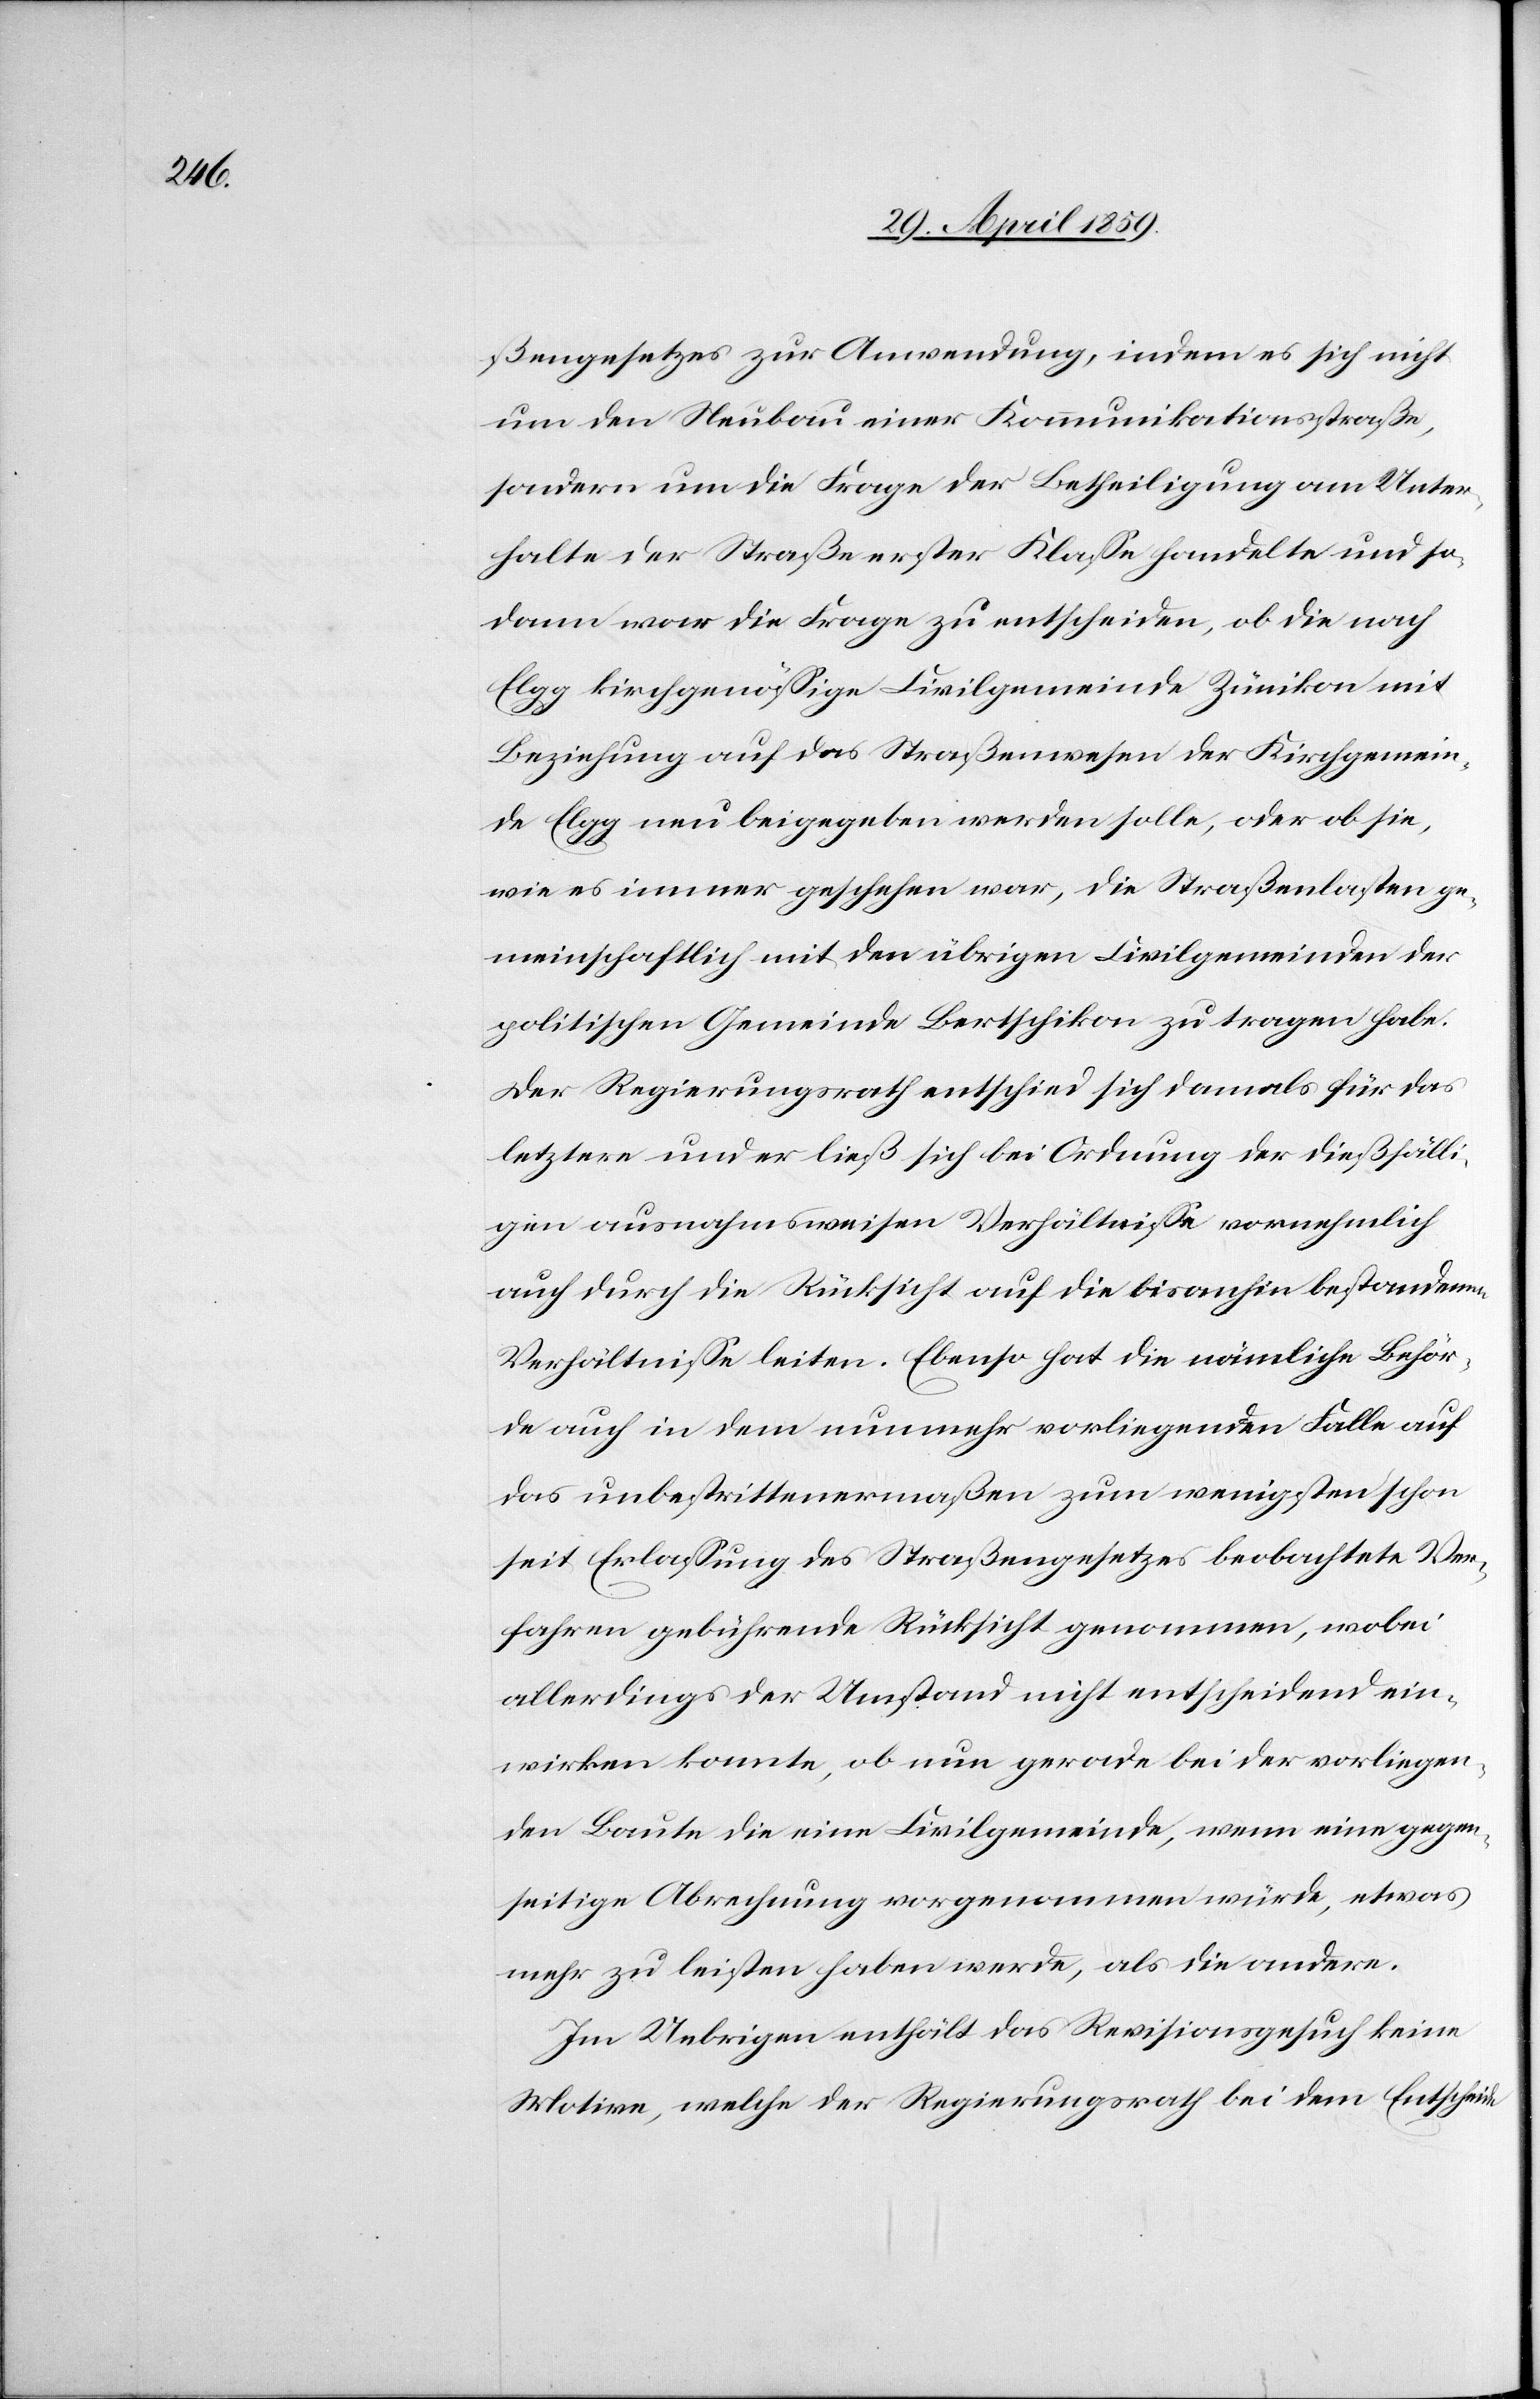
ßengesetzes zur Anwendung, indem es sich nicht
um den Neubau einer Kommunikationsstraße,
sondern um die Frage der Betheiligung am Unter¬
halte der Straße erster Klaße handelte und so¬
dann war die Frage zu entscheiden, ob die nach
Elgg kirchgenößige Civilgemeinde Zünikon mit
Beziehung auf das Straßenwesen der Kirchgemein¬
de Elgg neu beigegeben werden solle, oder ob sie,
wie es immer geschehen war, die Straßenlasten ge¬
meinschaftlich mit den übrigen Civilgemeinden der
politischen Gemeinde Bertschikon zu tragen habe.
Der Regierungsrath entschied sich damals für das
letztere und er ließ sich bei Ordnung der dießfälli¬
gen ausnahmsweisen Verhältniße vornehmlich
auch durch die Rücksicht auf die bisanhin bestandenen
Verhältniße leiten. Ebenso hat die nämliche Behör¬
de auch in dem nunmehr vorliegenden Falle auf
das unbestrittenermaßen zum wenigsten schon
seit Erlaßung des Straßengesetzes beobachtete Ver¬
fahren gebührende Rücksicht genommen, wobei
allerdings der Umstand nicht entscheidend ein¬
wirken konnte, ob nun gerade bei der vorliegen¬
den Baute die eine Civilgemeinde, wenn eine gegen¬
seitige Abrechnung vorgenommen würde, etwas
mehr zu leisten haben werde, als die andere.
Im Uebrigen enthält das Revisionsgesuch keine
Motive, welche der Regierungsrath bei dem Entscheide